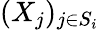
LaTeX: (X_{j})_{j\in S_{i}}